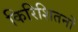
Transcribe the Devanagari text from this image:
किरिशितनों